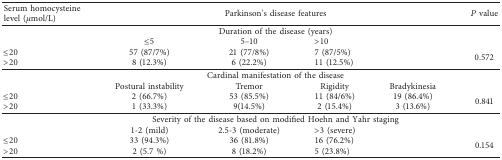
| Serum homocysteine level (μmol/L) | <COLSPAN=4> Parkinson's disease features | P value |
 | --- | --- | --- | --- | --- | --- |
 |  | <COLSPAN=4> Duration of the disease (years) |  |
 |  | ≤5 | 5–10 | <COLSPAN=2> >10 |  |
 | ≤20 | 57 (87/7%) | 21 (77/8%) | <COLSPAN=2> 7 (87/5%) | <ROWSPAN=2> 0.572 |
 | >20 | 8 (12.3%) | 6 (22.2%) | <COLSPAN=2> 11 (12.5%) |
 |  | <COLSPAN=4> Cardinal manifestation of the disease |  |
 |  | Postural instability | Tremor | Rigidity | Bradykinesia |  |
 | ≤20 | 2 (66.7%) | 53 (85.5%) | 11 (84/6%) | 19 (86.4%) | <ROWSPAN=2> 0.841 |
 | >20 | 1 (33.3%) | 9(14.5%) | 2 (15.4%) | 3 (13.6%) |
 |  | <COLSPAN=4> Severity of the disease based on modified Hoehn and Yahr staging |  |
 |  | 1-2 (mild) | 2.5-3 (moderate) | <COLSPAN=2> >3 (severe) |  |
 | ≤20 | 33 (94.3%) | 36 (81.8%) | <COLSPAN=2> 16 (76.2%) | <ROWSPAN=2> 0.154 |
 | >20 | 2 (5.7 %) | 8 (18.2%) | <COLSPAN=2> 5 (23.8%) |